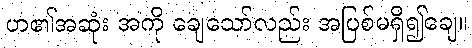
ဟ၏အဆုံး အကို ချေသော်လည်း အပြစ်မရှိ၍ချေ။